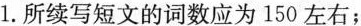
1.所续写短文的词数应为 150 左右;